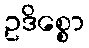
ဥဒိစ္စော